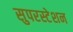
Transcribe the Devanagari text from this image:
सुपरस्टेशन